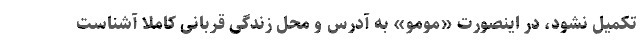
تکمیل نشود، در اینصورت «مومو» به آدرس و محل زندگی قربانی کاملاً آشناست